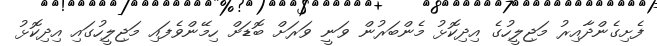
ފެށިގެންދާއިރު މަޖިލީހުގެ އިދިކޮޅު މެންބަރުން ވަނީ ވަރަށް ބޮޑަށް ހިމޭންވެފައި މަޖިލީހުގައި އިދިކޮޅު